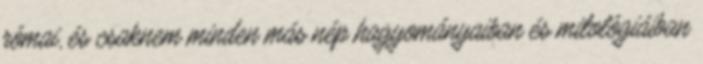
római, és csaknem minden más nép hagyományaiban és mitológiáiban